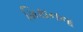
મિથનના